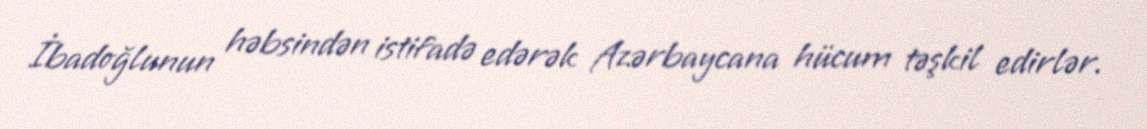
İbadoğlunun həbsindən istifadə edərək Azərbaycana hücum təşkil edirlər.